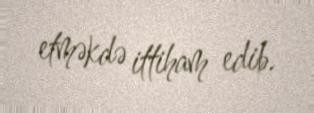
etməkdə ittiham edib.